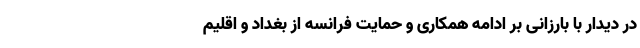
در دیدار با بارزانی بر ادامه همکاری و حمایت فرانسه از بغداد و اقلیم